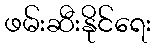
ဖမ်းဆီးနိုင်ရေး